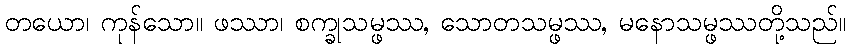
တယော၊ ကုန်သော။ ဖဿာ၊ စက္ခုသမ္ဖဿ, သောတသမ္ဖဿ, မနောသမ္ဖဿတို့သည်။